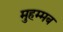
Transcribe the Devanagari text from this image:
मुहम्मब